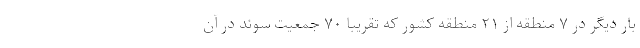
بار دیگر در ۷ منطقه از ۲۱ منطقه کشور که تقریباً ۷۰ جمعیت سوئد در آن